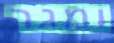
ומגר